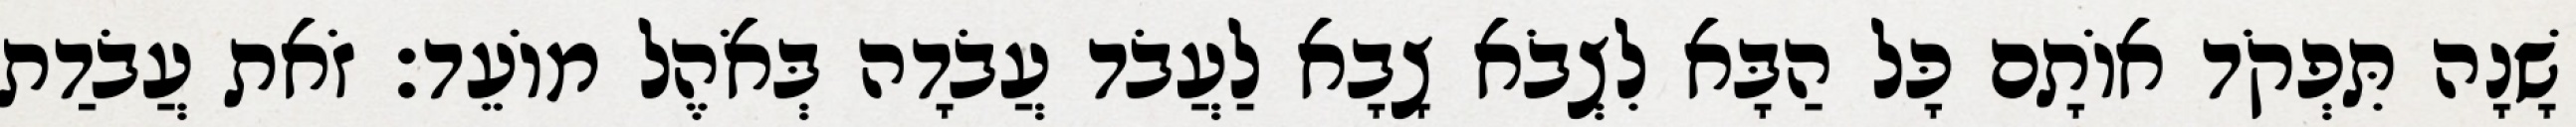
שָׁנָה תִּפְקֹד אוֹתָם כָּל הַבָּא לִצְבֹא צָבָא לַעֲבֹד עֲבֹדָה בְּאֹהֶל מוֹעֵד׃ זֹאת עֲבֹדַת